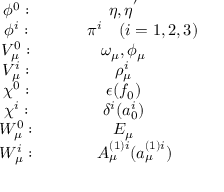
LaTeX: \begin{array} { c c } { { \phi ^ { 0 } : } } & { { \eta , \eta ^ { ' } } } \\ { { \phi ^ { i } : } } & { { ~ ~ ~ ~ ~ ~ ~ \pi ^ { i } ~ ~ ~ ( i = 1 , 2 , 3 ) } } \\ { { V _ { \mu } ^ { 0 } : } } & { { \omega _ { \mu } , \phi _ { \mu } } } \\ { { V _ { \mu } ^ { i } : } } & { { \rho _ { \mu } ^ { i } } } \\ { { \chi ^ { 0 } : } } & { { \epsilon ( f _ { 0 } ) } } \\ { { \chi ^ { i } : } } & { { \delta ^ { i } ( a _ { 0 } ^ { i } ) } } \\ { { W _ { \mu } ^ { 0 } : } } & { { E _ { \mu } } } \\ { { W _ { \mu } ^ { i } : } } & { { ~ ~ ~ ~ A _ { \mu } ^ { ( 1 ) i } ( a _ { \mu } ^ { ( 1 ) i } ) } } \end{array}